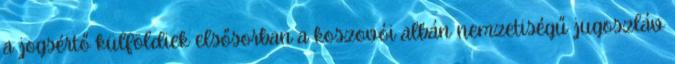
a jogsértő külföldiek elsősorban a koszovói albán nemzetiségű jugoszláv